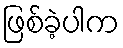
ဖြစ်ခဲ့ပါက